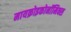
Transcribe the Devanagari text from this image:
मायक्रोइकोनॉमिक्स